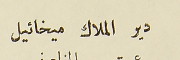
دير الملاك ميخائيل